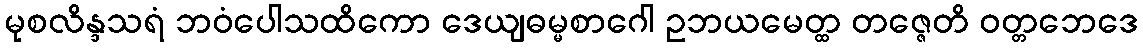
မုစလိန္ဒသရံ ဘဝံပေါသထိကော ဒေယျဓမ္မစာဂေါ ဥဘယမေတ္ထ တဇ္ဇေတိ ဝတ္တဘေဒေ